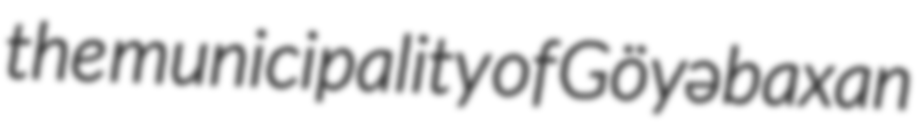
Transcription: the municipality of Göyəbaxan